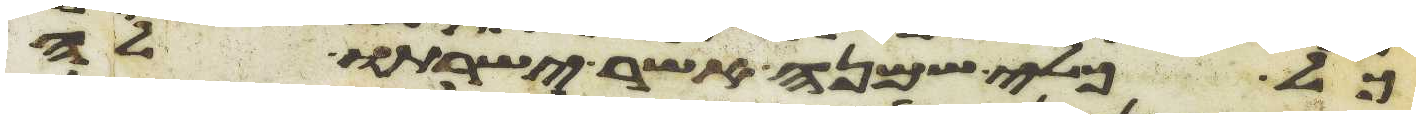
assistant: כל כלי שמנה אשר ישרתו לה